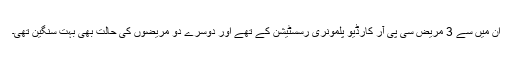
ان میں سے 3 مریض سی پی آر کارڈیو پلمونری رسسٹیشن کے تھے اور دوسرے دو مریضوں کی حالت بھی بہت سنگین تھی۔